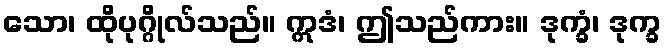
သော၊ ထိုပုဂ္ဂိုလ်သည်။ ဣဒံ၊ ဤသည်ကား။ ဒုက္ခံ၊ ဒုက္ခ